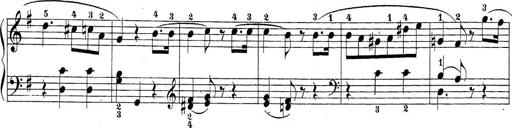
Title: Sonatina Album
Composer: Louis KÃ¶hler